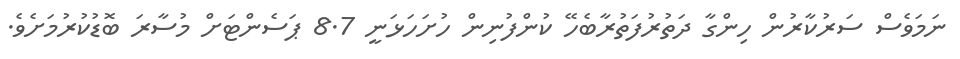
ނަމަވެސް ސަރުކާރުން ހިންގާ ދަތުރުފަތުރާބެހޭ ކުންފުނިން ހުށަހަޅަނީ 8.7 ޕަސެންޓަށް މުސާރަ ބޮޑުކުރުމަށެވެ.